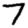
Digit: 7